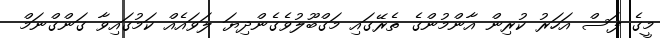
މީގެ ފަސް އަހަރު ކުރިން އާންމުންގެ ތެރޭގައި މަގްބޫލުވެގެންދިޔަ ލަވައެއް ކަމުގައިވާ ގަންގްނަމް